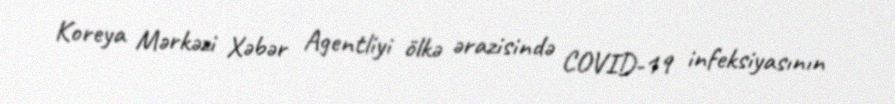
Koreya Mərkəzi Xəbər Agentliyi ölkə ərazisində COVID-19 infeksiyasının